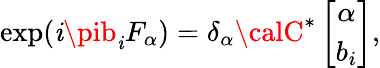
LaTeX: \exp(\mathit{i}\pib_{\mathit{i}}F_{\alpha})={\delta}_{\alpha}{\calC}^{*}\left[\begin{array}{c}{{{\alpha}}}\\ {{b_{i}}}\end{array}\right],